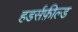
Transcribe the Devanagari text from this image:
हडर्सफ़ील्ड